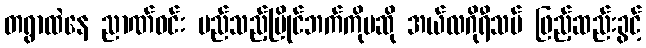
တရွာထဲနေ ညာဏ်ဝင်း မည်သည့်ပြိုင်ဘက်ကိုမဆို အယ်လဂိုရီသမ် ဖြည့်ဆည်းခွင့်